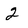
Character: 2